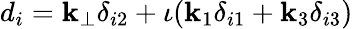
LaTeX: d_{i}=\mathbf{k}_{\perp}\delta_{i2}+\iota(\mathbf{k}_{1}\delta_{i1}+\mathbf{k}_{3}\delta_{i3})